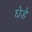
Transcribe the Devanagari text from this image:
घेडे